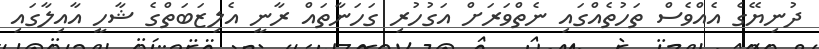
ދުނިޔޭގެ އެއްވެސް ތަހުތެއްގައި ނެތްވަރަށް އަގުހުރި ގަހަނާތައް ރާނީ އެލިޒަބަތްގެ ޝާހީ އާއިލާގައި